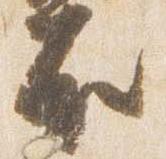
右